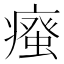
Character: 𭼦